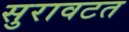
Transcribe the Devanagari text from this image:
सुरावटत